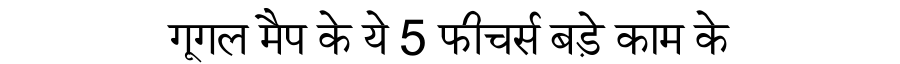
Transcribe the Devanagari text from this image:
गूगल मैप के ये 5 फीचर्स बड़े काम के